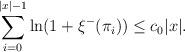
LaTeX: \begin{align*}\sum_{i = 0}^{|x|- 1} \ln(1+\xi^-(\pi_i)) \le c_0 |x|.\end{align*}